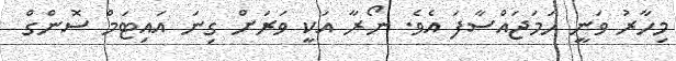
މިހާރު ވަނީ ހަމަޖައްސާފަ އެވެ. ނޯރާ އަކީ ވަރަށް ގިނަ އައިޓަމް ސޮންގް